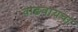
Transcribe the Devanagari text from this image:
वाढवायचा